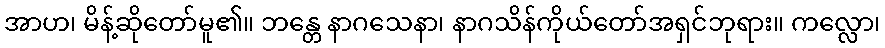
အာဟ၊ မိန့်ဆိုတော်မူ၏။ ဘန္တေ နာဂသေနာ၊ နာဂသိန်ကိုယ်တော်အရှင်ဘုရား။ ကလ္လော၊